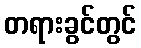
တရားခွင်တွင်